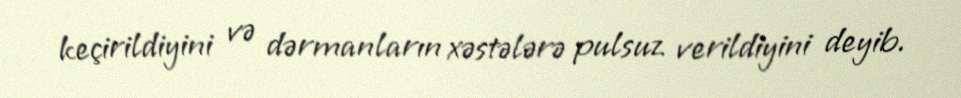
keçirildiyini və dərmanların xəstələrə pulsuz verildiyini deyib.